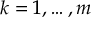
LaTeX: k = 1 , \ldots , m